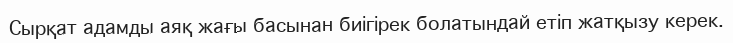
Сырқат адамды аяқ жағы басынан биігірек болатындай етіп жатқызу керек.